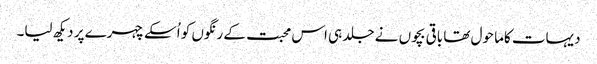
دیہات کاما حول تھا باقی بچوں نے جلد ہی اس محبت کے رنگوں کو اُسکے چہرے پر دیکھ لیا۔